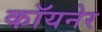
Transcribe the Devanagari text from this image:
कॉयनेर